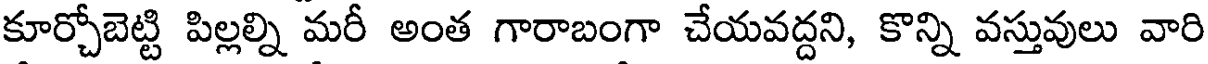
కూర్చోబెట్టి పిల్లల్ని మరీ అంత గారాబంగా చేయవద్దని, కొన్ని వస్తువులు వారి